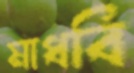
মাধবি